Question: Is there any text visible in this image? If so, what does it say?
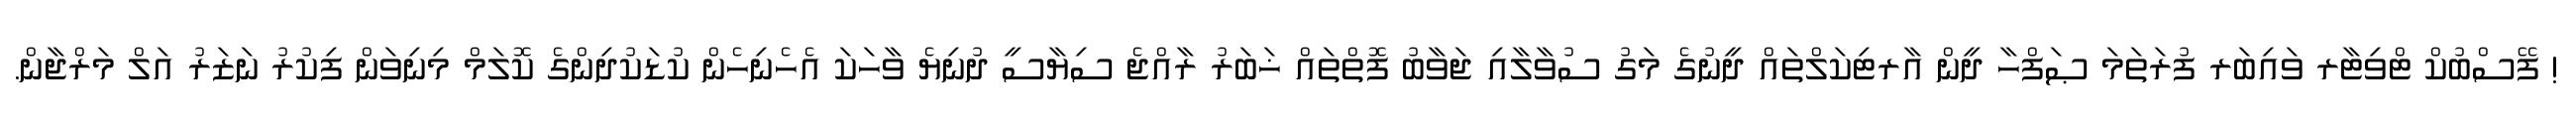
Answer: ! ފޭސްބުކް ޓްވިޓާރ ވައިބަރ ފުރަތަމަ ޞަފްހާ ދީން އާރޓިކަލްތައް ދީނުގެ މަގު ސުވާލާއި ޖަވާބު ފޮތްތައް ޚަބަރު ރާއްޖެ ސިޔާސީ ދުނިޔެ ވާހަކަ އެހެނިހެން ކުޑަކުދިންގެ ކޮލަމް މިނިވަން ފިކުރު ނަޒަރު އަލް މަރްޖާން.